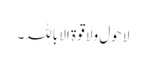
لا حول ولا قوۃ الا باللہ۔